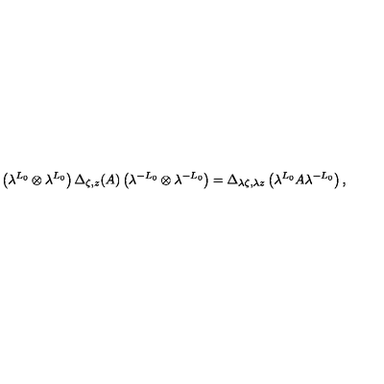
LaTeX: \left( \lambda ^ { L _ { 0 } } \otimes \lambda ^ { L _ { 0 } } \right) \Delta _ { \zeta , z } ( A ) \left( \lambda ^ { - L _ { 0 } } \otimes \lambda ^ { - L _ { 0 } } \right) = \Delta _ { \lambda \zeta , \lambda z } \left( \lambda ^ { L _ { 0 } } A \lambda ^ { - L _ { 0 } } \right) ,